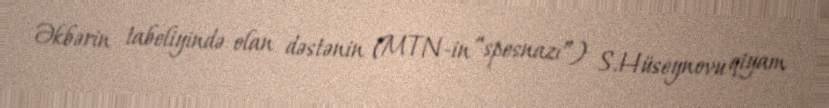
Əkbərin tabeliyində olan dəstənin (MTN-in “spesnazı”) S.Hüseynovu qiyam